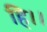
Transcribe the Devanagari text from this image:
हि।।